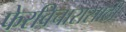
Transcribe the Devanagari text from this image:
फेरविचारासाठी